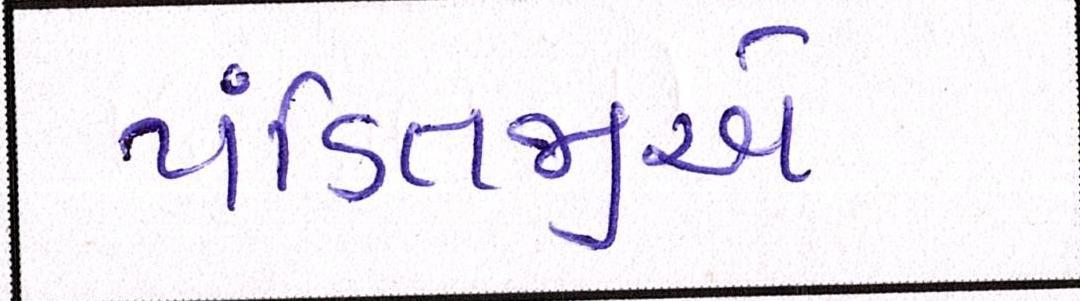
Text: પંડિતજીએ